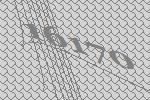
16170